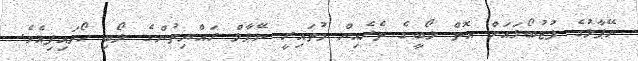
ނޭޕާލުގެ ފުޓުބޯޅައަށް އޮތް ލޯބީގެ ތެރެއިން މުތައިރީ ނޭޕާލް ރައްޔިތުންގެ ލޯބި ހޯދައިފިއެވެ.